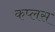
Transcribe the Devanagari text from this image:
कप्लस